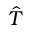
\hat { T }